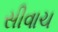
સીવાચ